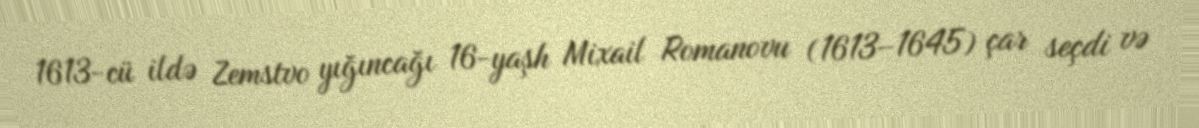
1613-cü ildə Zemstvo yığıncağı 16-yaşh Mixail Romanovu (1613–1645) çar seçdi və